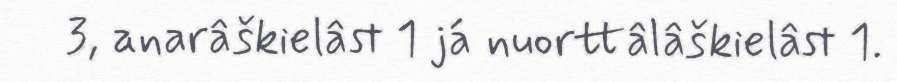
3, anarâškielâst 1 já nuorttâlâškielâst 1.